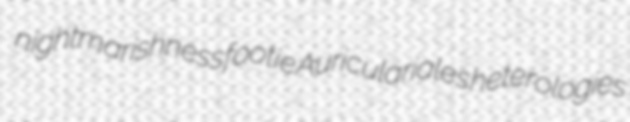
nightmarishness footie Auriculariales heterologies